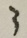
3